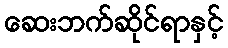
ဆေးဘက်ဆိုင်ရာနှင့်